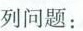
列问题：